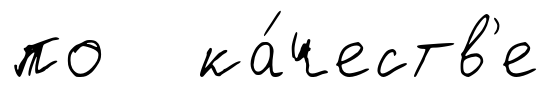
по ка́честв'е